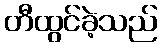
တီထွင်ခဲ့သည်